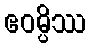
ဧဝမ္ပိဿ